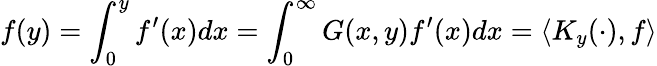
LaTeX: f(y)=\int_{0}^{y}f^{\prime}(x)dx=\int_{0}^{\infty}G(x,y)f^{\prime}(x)dx=\langle K_{y}(\cdot),f\rangle